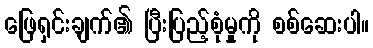
ဖြေရှင်းချက်၏ ပြီးပြည့်စုံမှုကို စစ်ဆေးပါ။